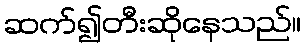
ဆက်၍တီးဆိုနေသည်။